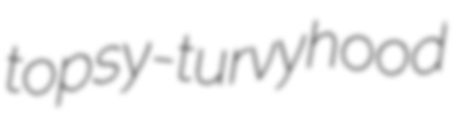
topsy-turvyhood